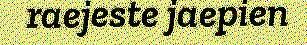
raejeste jaepien